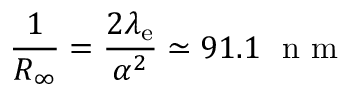
{ \frac { 1 } { R _ { \infty } } } = { \frac { 2 \lambda _ { \mathrm { e } } } { \alpha ^ { 2 } } } \simeq 9 1 . 1 ~ { \textrm { n m } }